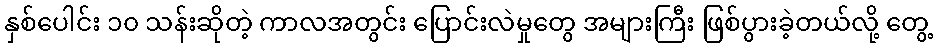
နှစ်ပေါင်း ၁၀ သန်းဆိုတဲ့ ကာလအတွင်း ပြောင်းလဲမှုတွေ အများကြီး ဖြစ်ပွားခဲ့တယ်လို့ တွေ့